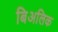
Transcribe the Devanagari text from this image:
बिअलिक